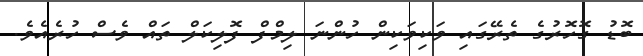
ބޮޑު ގޮހޮރުގެ ތެރޭގައި ވަކިވަކިން ހުންނަ ލިމްފް ފޮލިކަލް ތައް ވެސް ހުރެއެވެ.